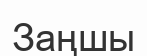
Заңшы